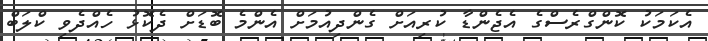
އެކަމަކު ކޮންގްރެސްގެ އެޖެންޑާ ކުރިއަށް ގެންދިއުމަށް އެންމެ ބޮޑަށް ދެކޮޅު ހެއްދެވި ކްލަބް